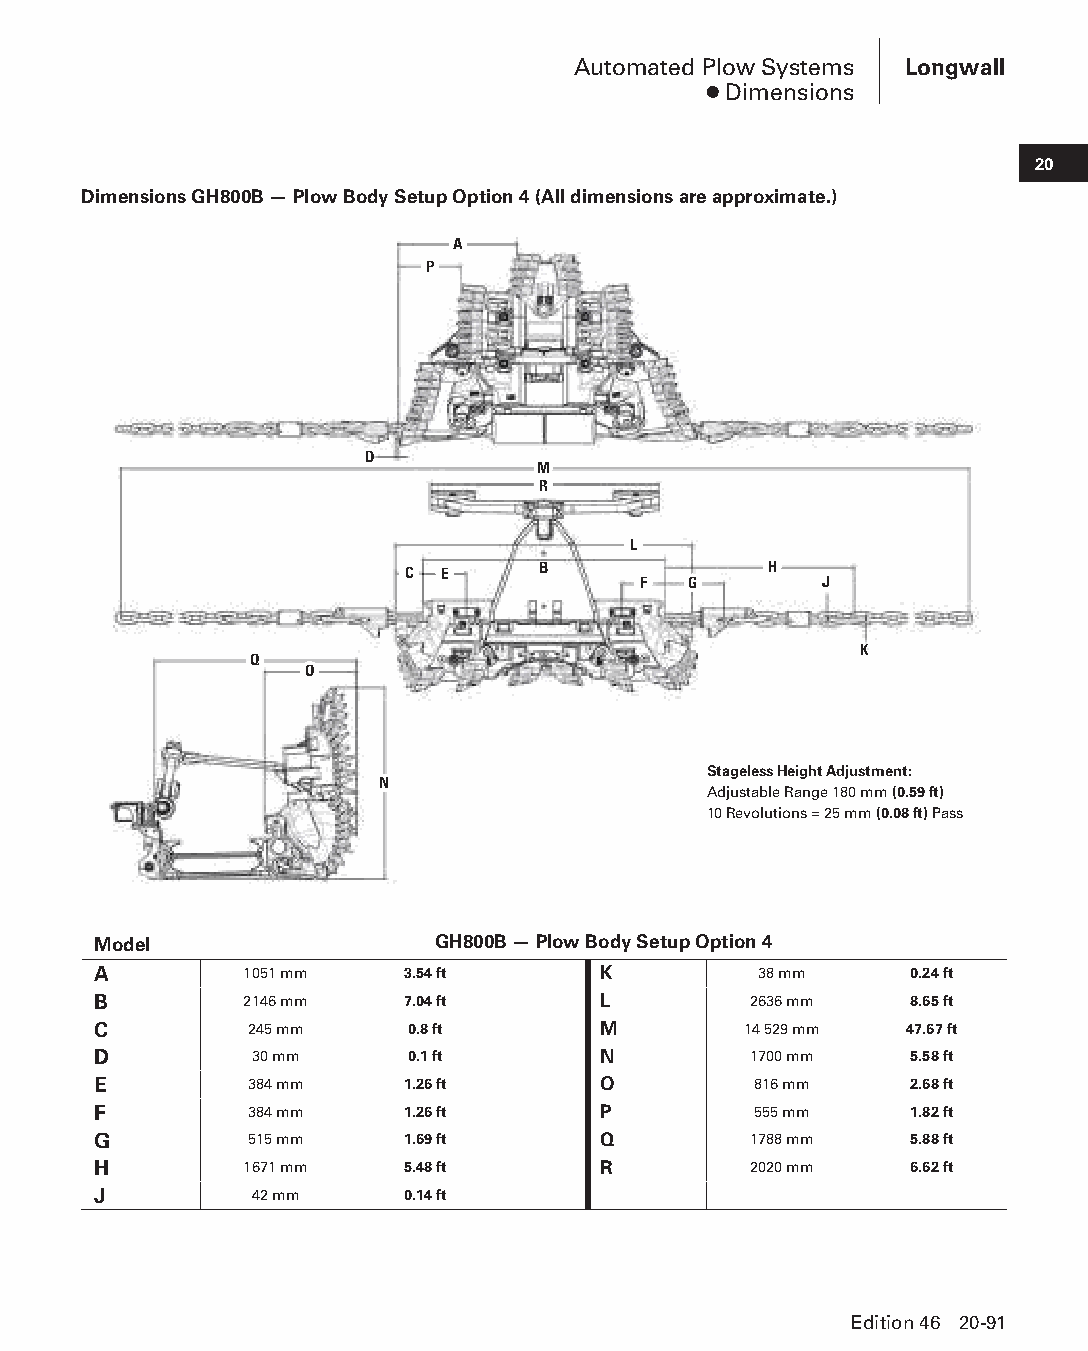
Automated Plow Systems Longwall
 ● Dimensions
 20
 Dimensions GH800B — Plow Body Setup Option 4 (All dimensions are approximate.)
 A
 P
 D
 M
 R
 L
 C  E     B              H
 F  G        J
 K
 Q
 O
 Stageless Height Adjustment:
 N
 Adjustable Range 180 mm (0.59 ft)
 10 Revolutions = 25 mm (0.08 ft) Pass
 Model                 GH800B — Plow Body Setup Option 4
 A        1051 mm    3.54 ft      K          38 mm     0.24 ft
 B        2146 mm    7.04 ft      L         2636 mm    8.65 ft
 C         245 mm    0.8 ft       M         14 529 mm 47.67 ft
 D         30 mm     0.1 ft       N         1700 mm    5.58 ft
 E         384 mm    1.26 ft      O         816 mm     2.68 ft
 F         384 mm    1.26 ft      P         555 mm     1.82 ft
 G         515 mm    1.69 ft      Q         1788 mm    5.88 ft
 H        1671 mm    5.48 ft      R         2020 mm    6.62 ft
 J         42 mm     0.14 ft
 Edition 46 20-91
 PPHHBB--SSeecc2200--LLoonnggwwaallll((ppgg002255--112200))..iinndddd 9911 1122//44//1155 1111::0022 AAMM